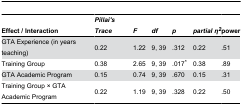
| Effect / Interaction | Pillai's Trace | F | df | p | partial η2 | power |
 | --- | --- | --- | --- | --- | --- | --- |
 | GTA Experience (in years teaching) | 0.22 | 1.22 | 9, 39 | .312 | 0.22 | .51 |
 | Training Group | 0.38 | 2.65 | 9, 39 | .017* | 0.38 | .89 |
 | GTA Academic Program | 0.15 | 0.74 | 9, 39 | .670 | 0.15 | .31 |
 | Training Group × GTA Academic Program | 0.22 | 1.19 | 9, 39 | .328 | 0.22 | .50 |